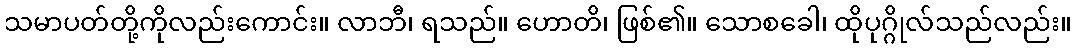
သမာပတ်တို့ကိုလည်းကောင်း။ လာဘီ၊ ရသည်။ ဟောတိ၊ ဖြစ်၏။ သောစခေါ၊ ထိုပုဂ္ဂိုလ်သည်လည်း။